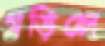
গড়িলে